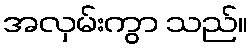
အလှမ်းကွာ သည်။